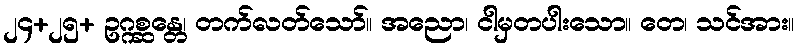
၂၄+၂၅+ ဥဂ္ဂစ္ဆန္တေ၊ တက်လတ်သော်။ အညော၊ ငါမှတပါးသော။ တေ၊ သင်အား။